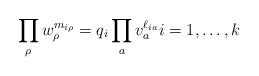
LaTeX: \begin{align*} \prod_\rho w_\rho^{m_{i \rho}} = q_i \prod_a v_a^{\ell_{i a}} i = 1, \dotsc, k\end{align*}